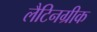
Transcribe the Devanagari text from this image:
लैटिनग्रीक